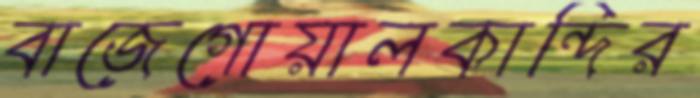
বাজেগোয়ালকান্দির